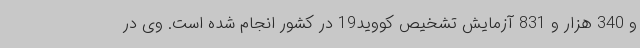
و 340 هزار و 831 آزمایش تشخیص کووید19 در کشور انجام شده است. وی در